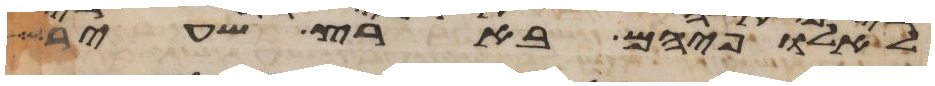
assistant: לאלופיהם בארץ שעיר